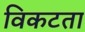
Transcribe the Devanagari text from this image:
विकटता